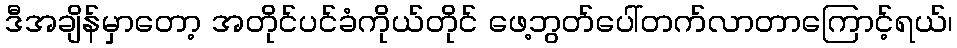
ဒီအချိန်မှာတော့ အတိုင်ပင်ခံကိုယ်တိုင် ဖေ့ဘွတ်ပေါ်တက်လာတာကြောင့်ရယ်၊